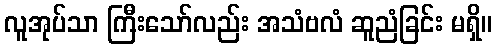
လူအုပ်သာ ကြီးသော်လည်း အသံဗလံ ဆူညံခြင်း မရှိ။